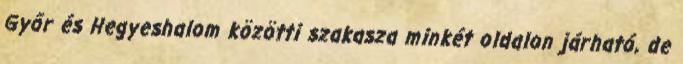
Győr és Hegyeshalom közötti szakasza minkét oldalon járható, de